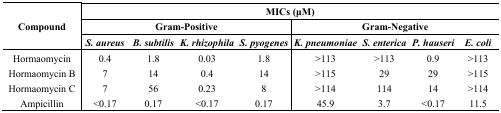
<table><thead><tr><td rowspan="3"><b>Compound</b></td><td colspan="8"><b>MICs (μM)</b></td></tr><tr><td colspan="4"><b>Gram-Positive</b></td><td colspan="4"><b>Gram-Negative</b></td></tr><tr><td><b><i>S. aureus</i></b></td><td><b><i>B. subtilis</i></b></td><td><b><i>K. rhizophila</i></b></td><td><b><i>S. pyogenes</i></b></td><td><b><i>K. pneumoniae</i></b></td><td><b><i>S. enterica</i></b></td><td><b><i>P. hauseri</i></b></td><td><b><i>E. coli</i></b></td></tr></thead><tbody><tr><td>Hormaomycin</td><td>0.4</td><td>1.8</td><td>0.03</td><td>1.8</td><td>&gt;113</td><td>&gt;113</td><td>0.9</td><td>&gt;113</td></tr><tr><td>Hormaomycin B</td><td>7</td><td>14</td><td>0.4</td><td>14</td><td>&gt;115</td><td>29</td><td>29</td><td>&gt;115</td></tr><tr><td>Hormaomycin C</td><td>7</td><td>56</td><td>0.23</td><td>8</td><td>&gt;114</td><td>114</td><td>14</td><td>&gt;114</td></tr><tr><td>Ampicillin</td><td>&lt;0.17</td><td>0.17</td><td>&lt;0.17</td><td>0.17</td><td>45.9</td><td>3.7</td><td>&lt;0.17</td><td>11.5</td></tr></tbody></table>